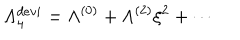
\Lambda _ { 4 } ^ { d e v i } = \Lambda ^ { ( 0 ) } + \Lambda ^ { ( 2 ) } \xi ^ { 2 } + \cdots